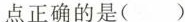
点正确的是()